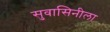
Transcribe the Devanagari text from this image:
सुवासिनीला